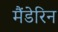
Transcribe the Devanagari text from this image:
मैंडेरिन